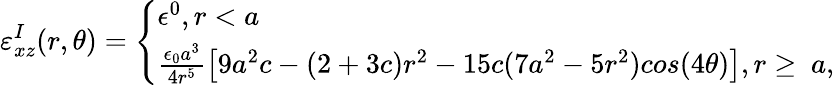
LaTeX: \varepsilon_{xz}^{I}(r,\theta)=\left\{ \begin{array}{ll}{\epsilon^{0},r<a}\\ {\frac{\epsilon_{0}a^{3}}{4r^{5}}\left[9a^{2}c-(2+3c)r^{2}-15c(7a^{2}-5r^{2})cos(4\theta)\right],r\geq~a,}\end{array}\right.